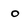
Character: O